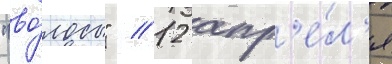
"во́лосы" // 12 апр'е́л'я